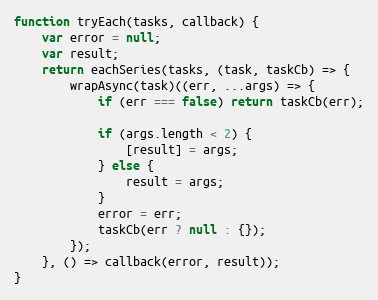
Language: JavaScript
function tryEach(tasks, callback) {
    var error = null;
    var result;
    return eachSeries(tasks, (task, taskCb) => {
        wrapAsync(task)((err, ...args) => {
            if (err === false) return taskCb(err);

            if (args.length < 2) {
                [result] = args;
            } else {
                result = args;
            }
            error = err;
            taskCb(err ? null : {});
        });
    }, () => callback(error, result));
}